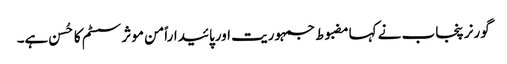
گورنر پنجاب نے کہامضبوط جمہوریت اورپائیداراًمن موثر سسٹم کا حُسن ہے۔